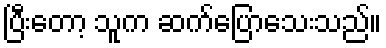
ပြီးတော့ သူက ဆက်ပြောသေးသည်။